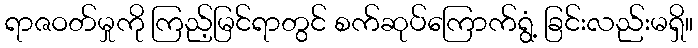
ရာဇဝတ်မှုကို ကြည့်မြင်ရာတွင် စက်ဆုပ်ကြောက်ရွံ့ ခြင်းလည်းမရှိ။